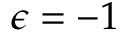
\epsilon = - 1